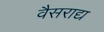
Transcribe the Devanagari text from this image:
वैसराद्य